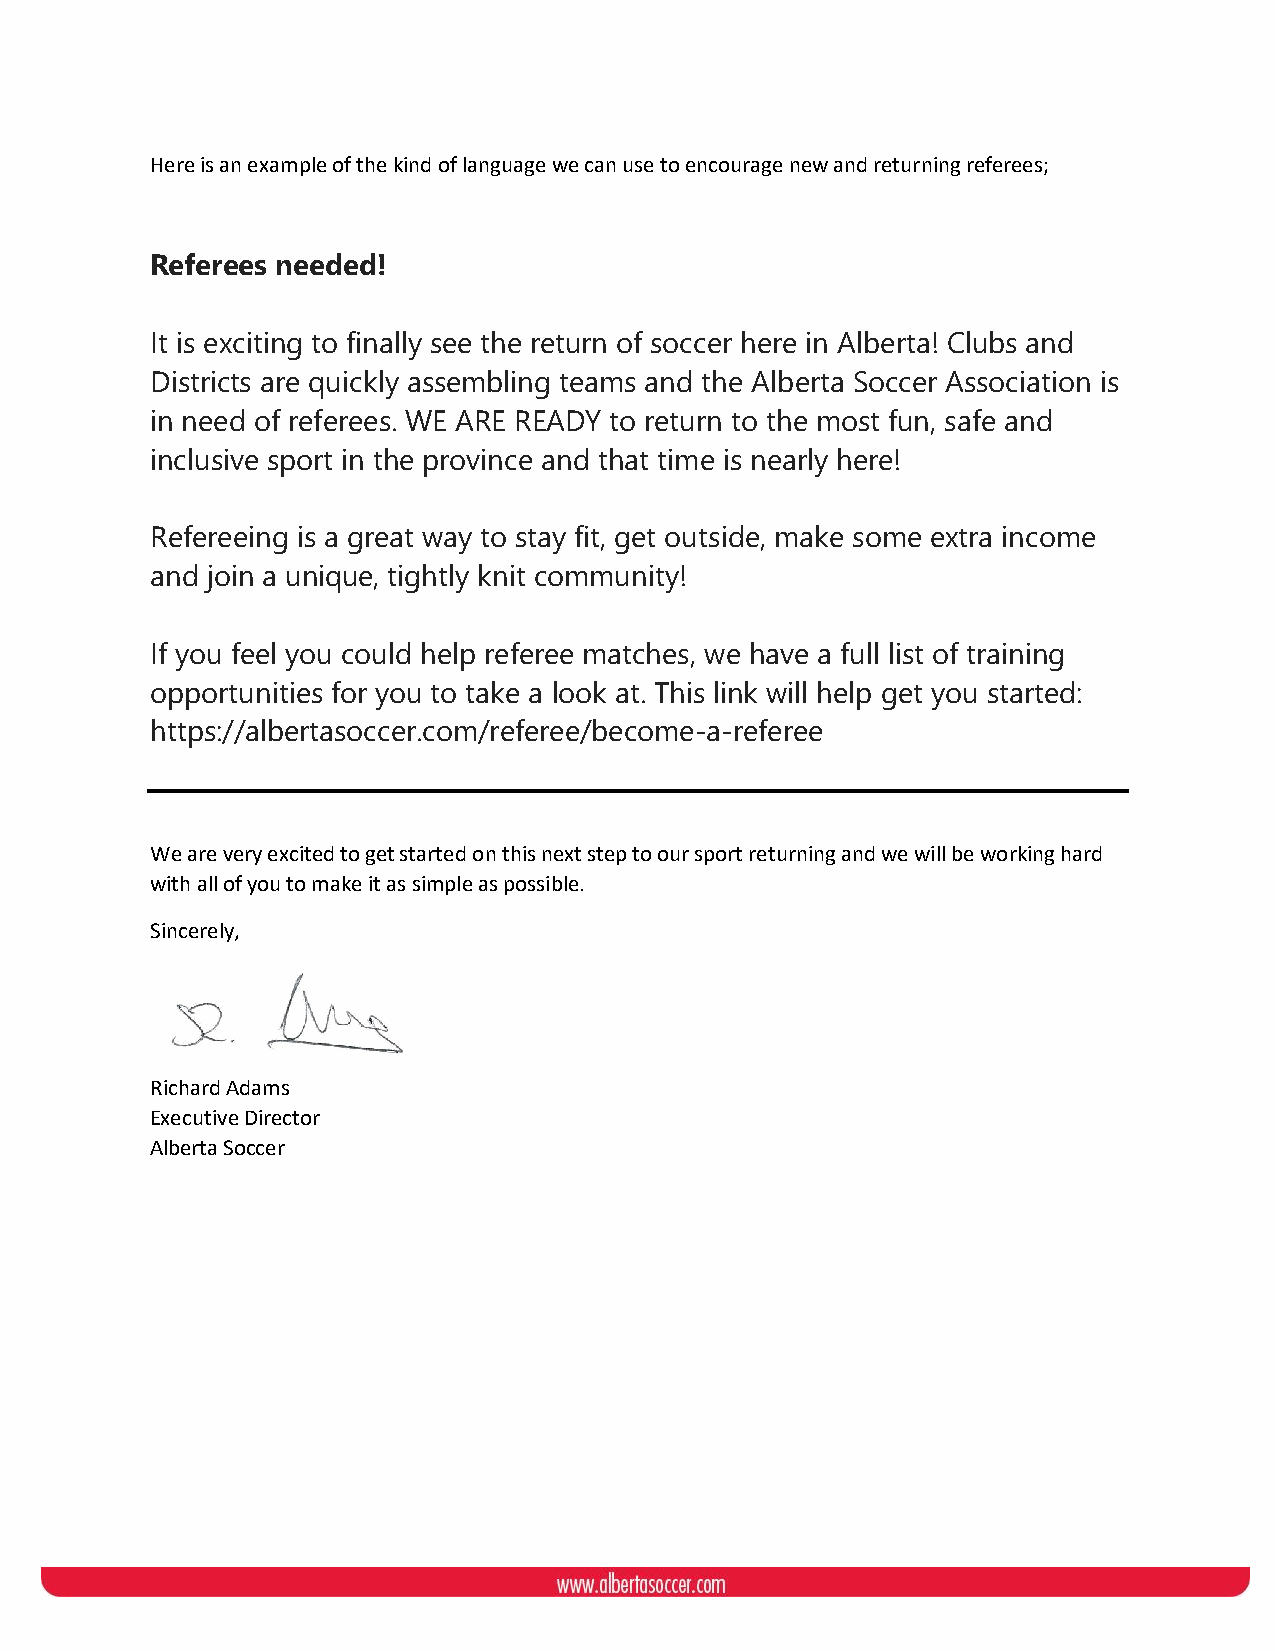
Here is an example of the kind of language we can use to encourage new and returning referees;
 Referees needed!
 It is exciting to finally see the return of soccer here in Alberta! Clubs and
 Districts are quickly assembling teams and the Alberta Soccer Association is
 in need of referees. WE ARE READY to return to the most fun, safe and
 inclusive sport in the province and that time is nearly here!
 Refereeing is a great way to stay fit, get outside, make some extra income
 and join a unique, tightly knit community!
 If you feel you could help referee matches, we have a full list of training
 opportunities for you to take a look at. This link will help get you started:
 https://albertasoccer.com/referee/become-a-referee
 We are very excited to get started on this next step to our sport returning and we will be working hard
 with all of you to make it as simple as possible.
 Sincerely,
 Richard Adams
 Executive Director
 Alberta Soccer